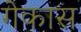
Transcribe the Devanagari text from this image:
गेकास